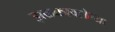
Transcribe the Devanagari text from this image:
झळकावलेल्या